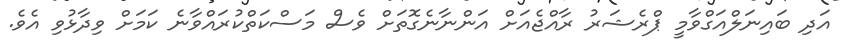
އަދި ބައިނަލްއަގްވާމީ ޕްރެޝަރު ރާއްޖެއަށް އަންނާނެގޮތަށް ވެސް މަސްކަތްކުރައްވާނެ ކަމަށް ވިދާޅުވި އެވެ.